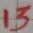
Text: 13